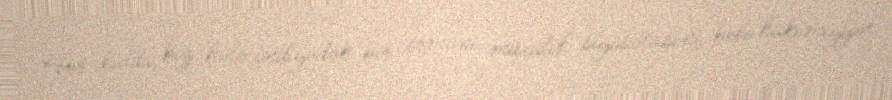
Hər halda, biz hələ indiyədək bir erməni müxalif siyasətçisini belə hakimiyyət